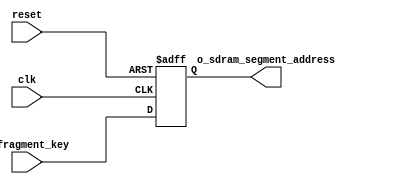
module addresspath_orientator (
        // clock and reset
        input						clk,
        input 						reset, 
        
        // commmon i/o
        input		[ADDR_WID-1:0]	i_fragment_key,
        output 	reg [ADDR_WID-1:0]	o_sdram_segment_address // address
	);
// ===================================================
//	 Parameters
// ===================================================	
    parameter	DATA_BITS = 10; // Key length
    parameter 	FRAGMENTS = 5;	// Number of fragments
    parameter 	FRAG_BITS = 3;	// Number of bits represent for number of fragments

// ===================================================
//	 Local Parameters
// ===================================================
    localparam 	FRAG_WID  = (DATA_BITS/FRAGMENTS);
    localparam 	ADDR_WID  = FRAG_BITS+FRAG_WID;
	
// ===================================================
//	 Logic Declarations
// ===================================================
	// Fragment as address
	always @(posedge clk or posedge reset)
	begin 
		if   (reset)	o_sdram_segment_address <= 0;
		else 			o_sdram_segment_address <= i_fragment_key;
	end
endmodule